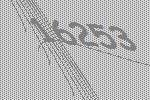
16253